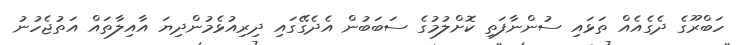
ހަބްރޫގެ ދެގެއެއް ތަޅައި ސުންނާފަތި ކޮށްލުމުގެ ސަބަބުން އެދެގޭގައި ދިރިއުޅެމުންދިޔަ އާއިލާތައް އަތުޖެހުނު